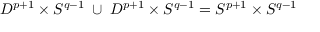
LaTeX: D ^ { p + 1 } \times S ^ { q - 1 } \; \cup \; D ^ { p + 1 } \times S ^ { q - 1 } = S ^ { p + 1 } \times S ^ { q - 1 }